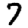
Digit: 7